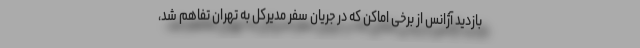
بازدید آژانس از برخی اماکن که در جریان سفر مدیرکل به تهران تفاهم شد،